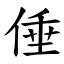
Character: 倕